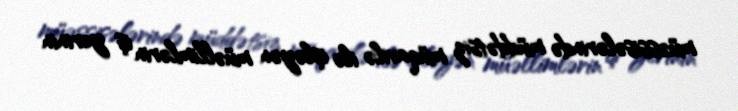
müəssisələrində müddətsiz müqavilə ilə işləyən müəllimlərin iş yerinin